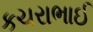
કચરાભાઈ